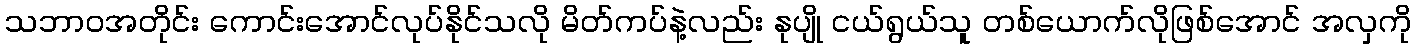
သဘာဝအတိုင်း ကောင်းအောင်လုပ်နိုင်သလို မိတ်ကပ်နဲ့လည်း နုပျို ငယ်ရွယ်သူ တစ်ယောက်လိုဖြစ်အောင် အလှကို